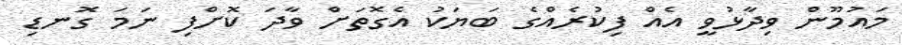
މައުމޫން ވިދާޅުވީ އެއް ފިކުރެއްގެ ބަޔަކު އެގޮތަށް ވާދަ ކޮށްފި ނަމަ ގޮނޑި